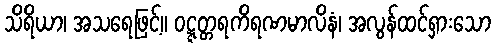
သိရိယာ၊ အသရေဖြင့်။ ဝဋ္ဋတ္တရကိရဏမာလိနံ၊ အလွန်ထင်ရှားသော